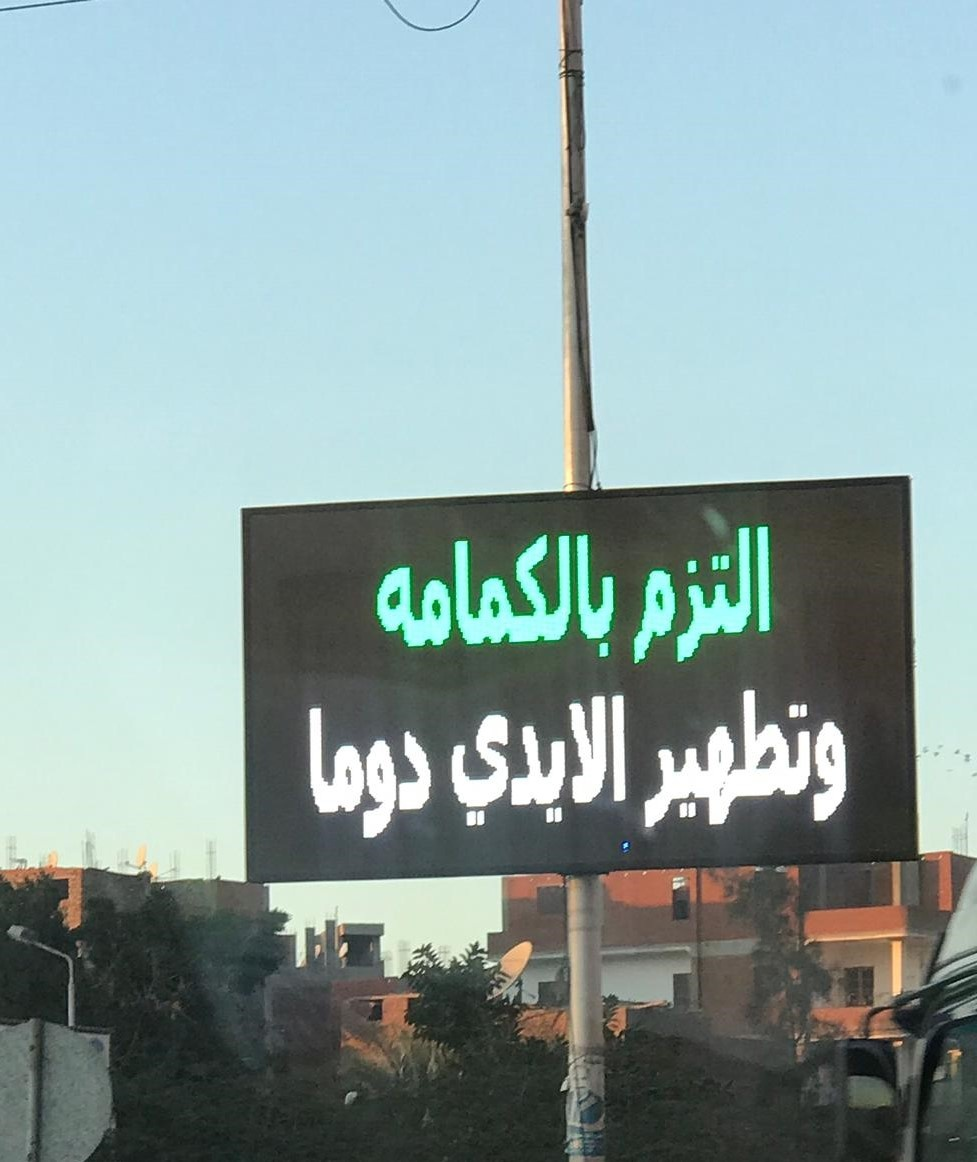
Text in image: التزم بالكمامه وتطهير الايدي دوما